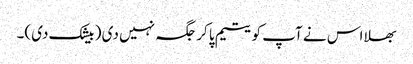
بھلا اس نے آپ کو یتیم پا کر جگہ نہیں دی ( بیشک دی)۔